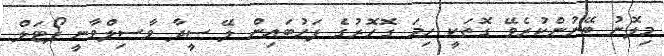
މިލޮނު ބޭނުންކުރެވޭ ގޮތަކީ ހިމަ ގޮހޮރުގެ ފަހުބައިން ލޭ ސީދާ ވާޞިލްވާނީ ޕޯޓަލް